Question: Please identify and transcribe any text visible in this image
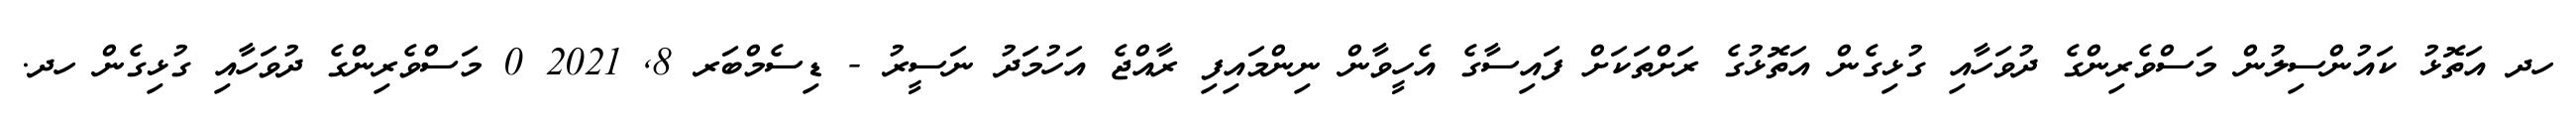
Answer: ހދ އަތޮޅު ކައުންސިލުން މަސްވެރިންގެ ދުވަހާއި ގުޅިގެން އަތޮޅުގެ ރަށްތަކަށް ފައިސާގެ އެހީވާން ނިންމައިފި ރާއްޖެ އަހުމަދު ނަސީރު - ޑިސެމްބަރ 8, 2021 0 މަސްވެރިންގެ ދުވަހާއި ގުޅިގެން ހދ.